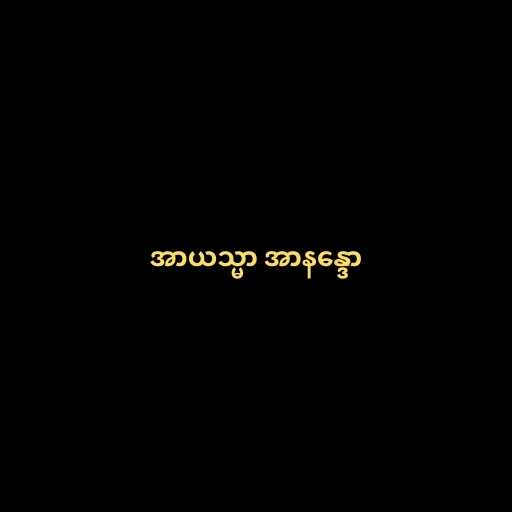
အာယသ္မာ အာနန္ဒော